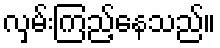
လှမ်းကြည့်နေသည်။